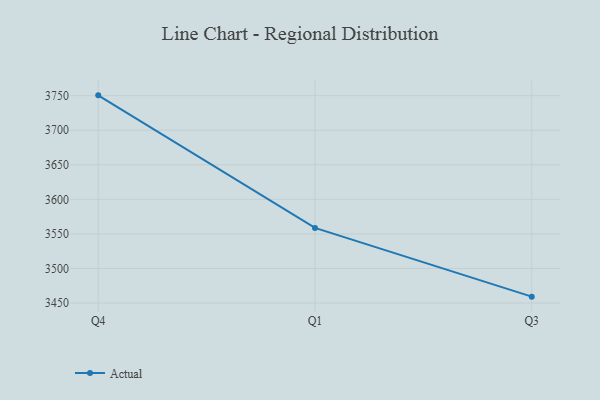
{"axis": {"x": "Quarter", "y": "Conversion Rate (%)"}, "legend": ["Actual"], "data": [{"x": "Q4", "y": 3750.5, "type": "Actual"}, {"x": "Q1", "y": 3558.7, "type": "Actual"}, {"x": "Q3", "y": 3459.2, "type": "Actual"}]}